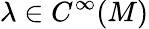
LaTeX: \lambda\in C^{\infty}(M)